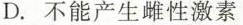
D.不能产生雌性激素